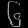
Digit: ၆